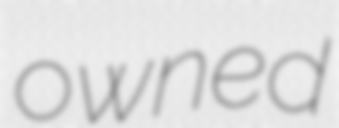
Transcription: owned